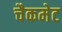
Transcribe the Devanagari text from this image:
चैकमेट